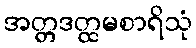
အတ္တဒတ္ထမစာရိသုံ